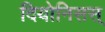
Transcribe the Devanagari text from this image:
दियोनिसस्